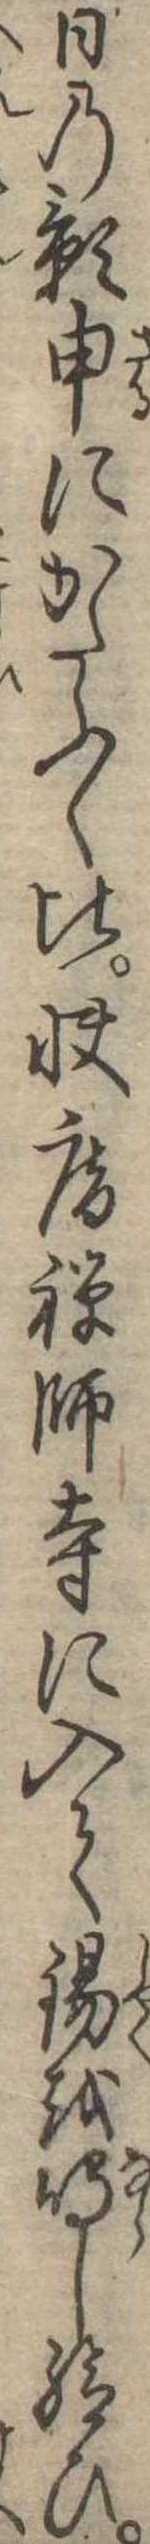
日の影申にかたふく比快庵禅師寺に入て錫を鳴し給ひ